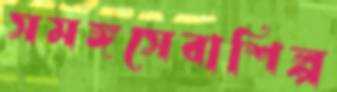
সমঙ্গসেবাশিল্প